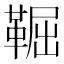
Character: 𩋎